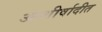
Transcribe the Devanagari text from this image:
आशीर्वादीत